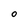
Character: 0